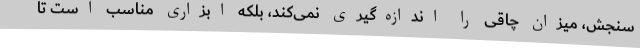
سنجش، میزان چاقی را اندازه‌گیری نمی‌کند، بلکه ابزاری مناسب است تا